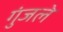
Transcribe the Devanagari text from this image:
गुंजले